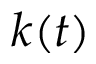
k ( t )